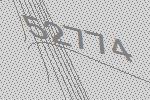
52774